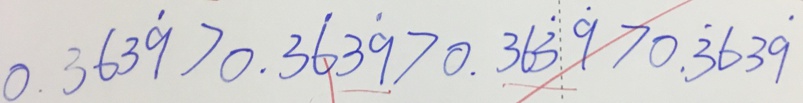
0 . 3 6 3 \dot { 9 } > 0 . 3 \dot { 6 } 3 \dot { 9 } > 0 . 3 6 \dot { 3 } \dot { 9 } > 0 . \dot { 3 } 6 3 \dot { 9 }